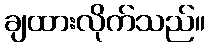
ချထားလိုက်သည်။